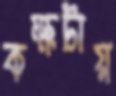
কক্ষটায়